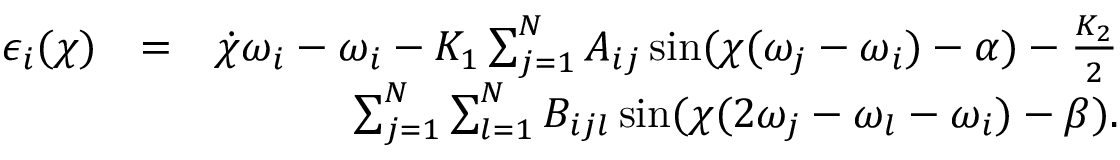
\begin{array} { r l r } { \epsilon _ { i } ( \chi ) } & { = } & { \dot { \chi } \omega _ { i } - \omega _ { i } - K _ { 1 } \sum _ { j = 1 } ^ { N } A _ { i j } \sin ( \chi ( \omega _ { j } - \omega _ { i } ) - \alpha ) - \frac { K _ { 2 } } { 2 } } \\ & { } & { \sum _ { j = 1 } ^ { N } \sum _ { l = 1 } ^ { N } B _ { i j l } \sin ( \chi ( 2 \omega _ { j } - \omega _ { l } - \omega _ { i } ) - \beta ) . } \end{array}